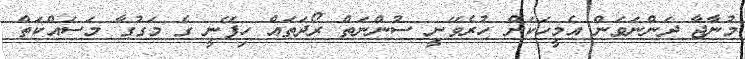
މުނާޖާ ދަންނަވަން އެމީހަކަށް ހުރެވޭނީ ސުންނަތް ރޯދަތައް ހިފޭނީ ގެ މަގުގާ މަސައްކަތް